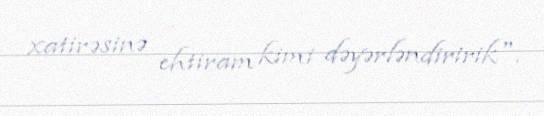
xatirəsinə ehtiram kimi dəyərləndiririk".